Civil Veterinary Department Bihar & Orissa reports 1929-36 - 1929-1936
Year: 1929
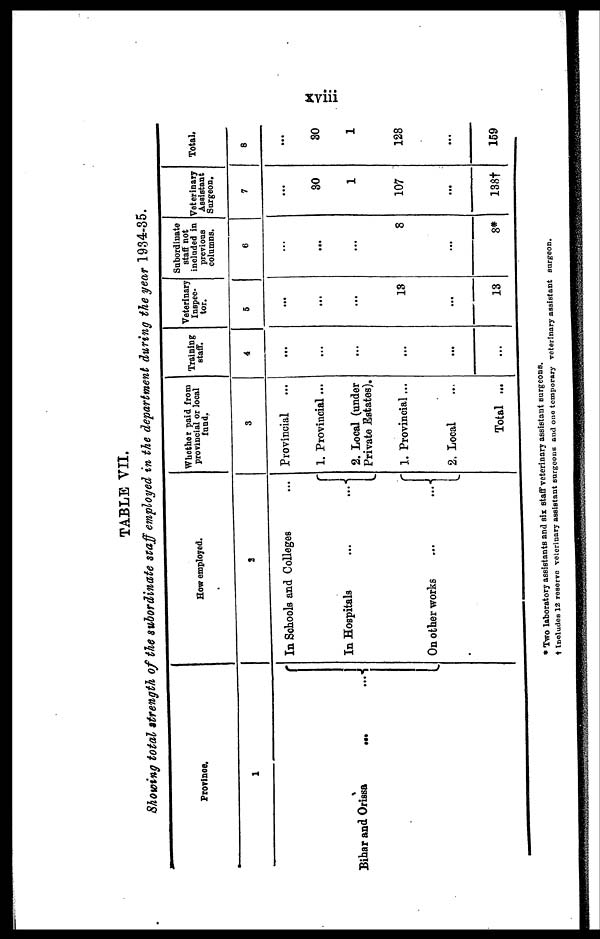
xviii
TABLE VII.
Showing total strength of the subordinate staff employed in the department during the year 1934-35.
Province.
1
Bihar and Orissa
...
...
How employed.
2
In Schools and Colleges ...
In Hospitals
...
...
On other works
...
...
Whether paid from
provincial or local
fund.
3
Provincial ...
1. Provincial ...
2. Local (under
Private Estates).
1. Provincial ...
2. Local ...
Total ...
Training
staff.
4
...
...
...
...
...
...
Veterinary
Inspec-
tor.
5
...
...
...
13
...
13
Subordinate
staff not
included in
previous
columns.
6
...
...
...
8
...
8*
Veterinary
Assistant
Surgeon.
7
...
30
1
107
...
138†
Total.
8
...
30
1
128
...
159
* Two laboratory assistants and sir staff veterinary assistant surgeons.
† Includes 12 reserve veterinary assistant surgeons and one temporary veterinary assistant surgeon.